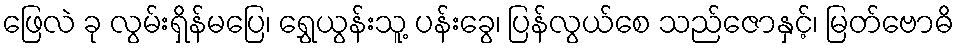
ဖြေလဲ ခု လွမ်းရှိန်မပြေ၊ ရွှေယွန်းသူ့ ပန်းခွေ၊ ပြန်လွယ်စေ သည်ဇောနှင့်၊ မြတ်ဗောဓိ